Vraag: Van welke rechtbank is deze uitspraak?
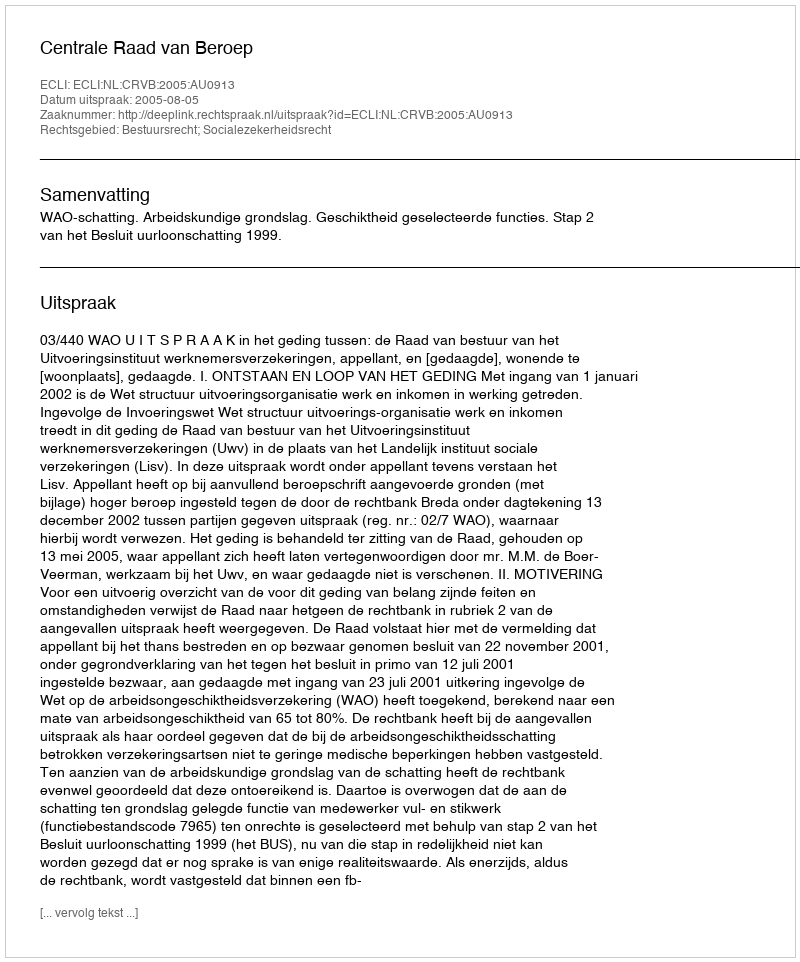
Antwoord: Centrale Raad van Beroep